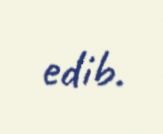
edib.